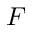
F